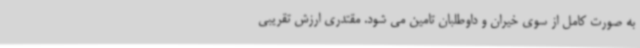
به صورت کامل از سوی خیران و داوطلبان تامین می شود. مقتدری ارزش تقریبی